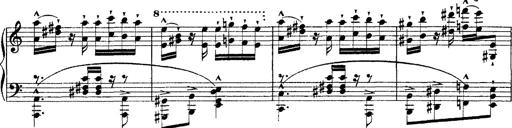
Title: Ã‰tudes d'exÃ©cution transcendante d'aprÃ¨s Paganini
Composer: Franz Liszt